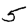
Digit: 5